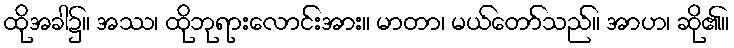
ထိုအခါ၌။ အဿ၊ ထိုဘုရားလောင်းအား။ မာတာ၊ မယ်တော်သည်။ အာဟ၊ ဆို၏။